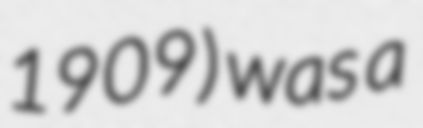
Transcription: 1909) was a